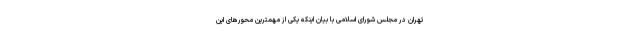
تهران در مجلس شورای اسلامی با بیان اینکه یکی از مهمترین محورهای این